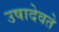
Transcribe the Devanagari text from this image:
उषादेवते